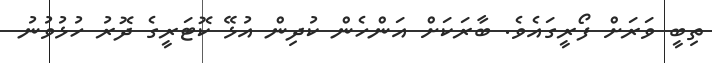
ތިބީ ވަރަށް ފޯރީގައެވެ. ބާރަކަށް އަންހެން ކުދިން އުޅޭ ކޮޓަރީގެ ދޮރު ހުޅުވުނު